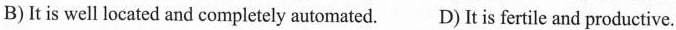
B)It is well located and completely automated. D)It is fertile and productive.